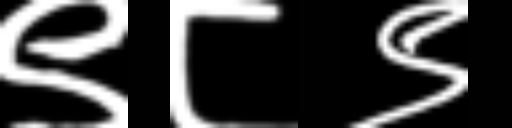
Text: ९८९